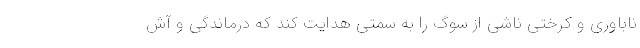
ناباوری و کرختی ناشی از سوگ را به سمتی هدایت کند که درماندگی و آش